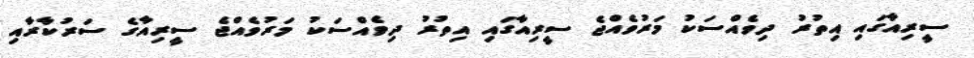
ސީރިއާގައި އިތުރު ދިވެއްސަކު މަރުވެއްޖެ ސީރިއާގައި އިތުރު ދިވެއްސަކު މަރުވެއްޖެ ސީރިއާގެ ސަރުކާރާއި